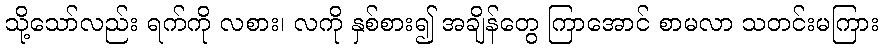
သို့သော်လည်း ရက်ကို လစား၊ လကို နှစ်စား၍ အချိန်တွေ ကြာအောင် စာမလာ သတင်းမကြား